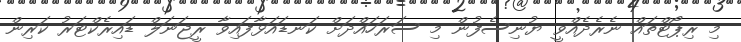
މި ރިޕޯޓްތައް ނެރެދެއްވީ ޔުނިސެފުން މި ސަރަހައްދަށް ކަނޑައަޅާފައިވާ ރީޖަނަލް ޑައިރެކްޓަރު ކަރިން